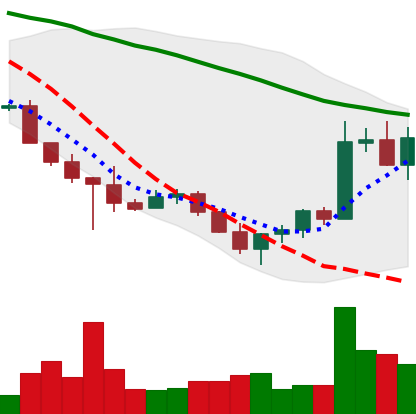
Ticker: ADA-USD
Chart end date: 2022-10-28
Forward return: -4.556%
Label: down_3_5